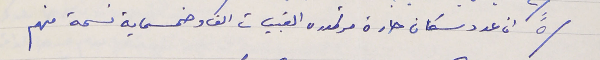
/٥" ان عدد سكان حارة مرتموره القبيات الف وخمسماية نسمة منهم